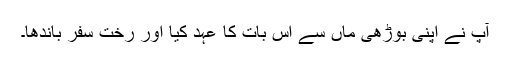
آپ نے اپنی بوڑھی ماں سے اس بات کا عہد کیا اور رختِ سفر باندھا۔